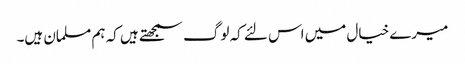
میرے خیال میں اس لئے کہ لوگ سمجھتے ہیں کہ ہم مسلمان ہیں۔